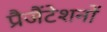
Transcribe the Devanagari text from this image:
प्रैजैंटेशनों